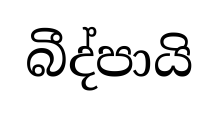
බීද්පායි